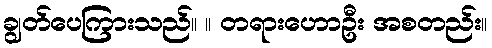
ချွတ်ပေကြားသည်။ ။ တရားဟောဦး အစတည်း။